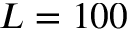
L = 1 0 0